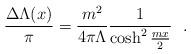
LaTeX: \begin{align*}\frac{\Delta \Lambda (x) }{\pi} = \frac{m^2}{4 \pi\Lambda}\frac{1}{\cosh^2\frac{mx}{2}} \ \ .\end{align*}